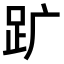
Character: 𧿈